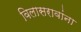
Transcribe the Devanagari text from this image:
विलासरावांना